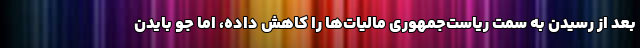
بعد از رسیدن به سمت ریاست‌جمهوری مالیات‌ها را کاهش داده، اما جو بایدن